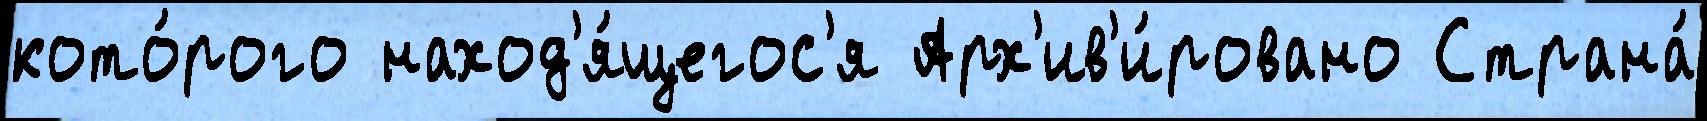
кото́рого наход'я́щегос'я Арх'ив'и́ровано Страна́